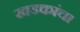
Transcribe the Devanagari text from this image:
खडकांचा